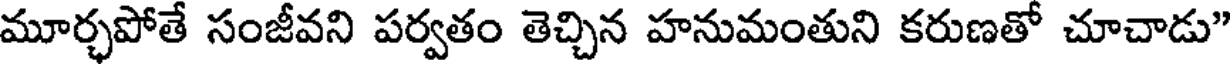
మూర్చపోతే సంజీవని పర్వతం తెచ్చిన హనుమంతుని కరుణతో చూచాడు"